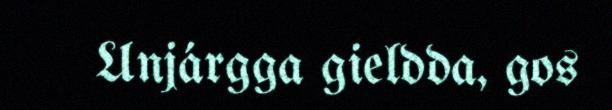
Unjárgga gieldda, gos